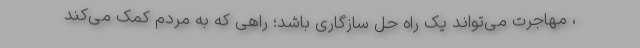
، مهاجرت می‌تواند یک راه حل سازگاری باشد؛ راهی که به مردم کمک می‌کند